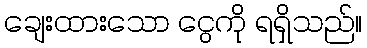
ချေးထားသော ငွေကို ရရှိသည်။